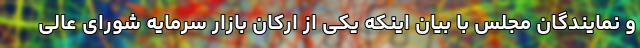
و نمایندگان مجلس با بیان اینکه یکی از ارکان بازار سرمایه شورای عالی